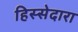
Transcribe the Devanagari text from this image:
हिस्सेदारा